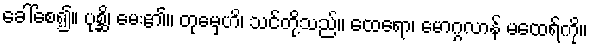
ခေါ်စေ၍။ ပုစ္ဆိ၊ မေး၏။ တုမှေဟိ၊ သင်တို့သည်။ ထေရော၊ မောဂ္ဂလာန် မထေရ်ကို။